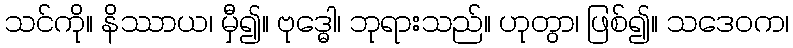
သင်ကို။ နိဿာယ၊ မှီ၍။ ဗုဒ္ဓေါ၊ ဘုရားသည်။ ဟုတွာ၊ ဖြစ်၍။ သဒေဝက၊